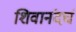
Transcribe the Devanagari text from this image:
शिवानंदचं